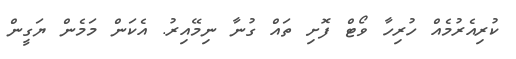
ކުރިއެރުމެއް ހުރިހާ ވޯޓް ފޮށި ތައް ގުނާ ނިމޭއިރު. އެކަން މަމެން ޔަގީން